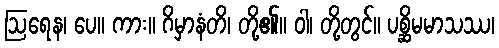
ဩရေန၊ ပေ။ ကား။ ဂိမှာနံတိ၊ တို့၏။ ဝါ၊ တို့တွင်။ ပစ္ဆိမမာသဿ၊